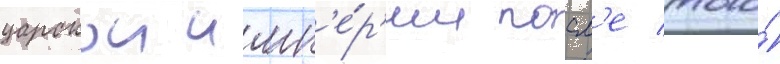
царскои имп'е́р'ии посл'е того́